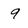
Character: 9